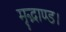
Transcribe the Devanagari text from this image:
मृद्भाण्ड।